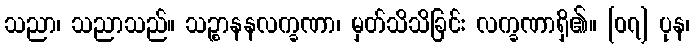
သညာ၊ သညာသည်။ သဉ္စာနနလက္ခဏာ၊ မှတ်သိသိခြင်း လက္ခဏာရှိ၏။ [၀၇] ပုန၊